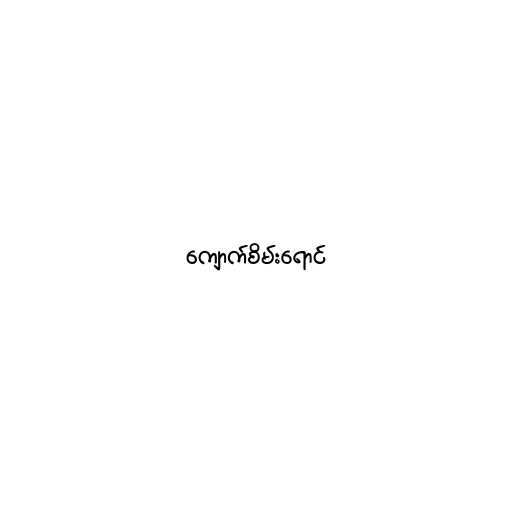
ကျောက်စိမ်းရောင်